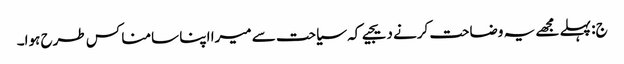
ج: پہلے مجھے یہ وضاحت کرنے دیجیے کہ سیاحت سے میرا اپنا سامنا کس طرح ہوا۔